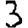
Digit: 3